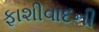
ફાશીવાદની